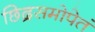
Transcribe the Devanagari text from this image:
छिद्रसमोपेतं